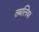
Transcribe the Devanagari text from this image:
तबलिया